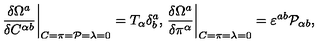
\left. \frac { \delta \Omega ^ { a } } { \delta C ^ { \alpha b } } \right| _ { C = \pi = { \cal P } = \lambda = 0 } = T _ { \alpha } \delta _ { b } ^ { a } , \left. \frac { \delta \Omega ^ { a } } { \delta \pi ^ { \alpha } } \right| _ { C = \pi = \lambda = 0 } = \varepsilon ^ { a b } { \cal P } _ { \alpha b } ,